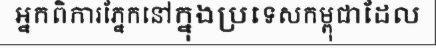
អ្នកពិការភ្នែកនៅក្នុងប្រទេសកម្ពុជាដែល